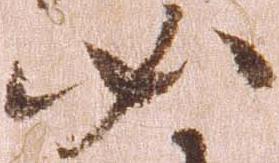
如